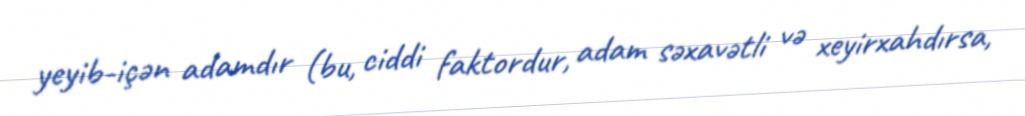
yeyib-içən adamdır (bu, ciddi faktordur, adam səxavətli və xeyirxahdırsa,